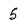
Character: 5